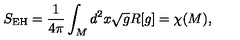
S _ { \mathrm { E H } } = \frac { 1 } { 4 \pi } \int _ { M } d ^ { 2 } x \sqrt { g } R [ g ] = \chi ( M ) ,